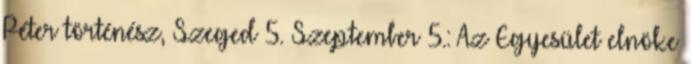
Péter történész, Szeged 5. Szeptember 5.: Az Egyesület elnöke